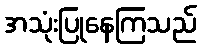
အသုံးပြုနေကြသည်